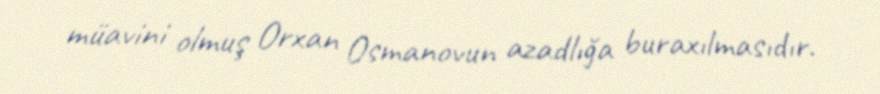
müavini olmuş Orxan Osmanovun azadlığa buraxılmasıdır.